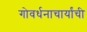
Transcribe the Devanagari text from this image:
गोवर्धनाचार्यांची